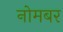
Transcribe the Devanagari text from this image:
नोमबर